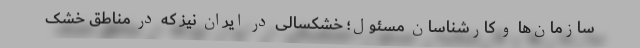
سازمان‌ها و کارشناسان مسئول؛ خشکسالی در ایران نیز که در مناطق خشک